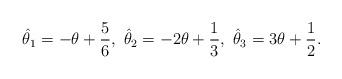
LaTeX: \begin{align*}\hat{\theta}_{1}=-\theta+{5\over6},\ \hat{\theta}_{2}=-2\theta+{1\over3},\ \hat{\theta}_{3}=3\theta+{1\over2}.\end{align*}